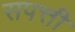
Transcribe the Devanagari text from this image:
सपत्ती